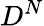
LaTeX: D^{N}